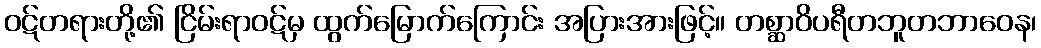
ဝဋ်တရားတို့၏ ငြိမ်းရာဝဋ်မှ ထွက်မြောက်ကြောင်း အပြားအားဖြင့်။ တစ္ဆာဝိပရီတဘူတဘာဝေန၊